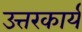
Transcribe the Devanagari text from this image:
उत्तरकार्य